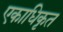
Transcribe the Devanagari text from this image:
एकाधिकृत